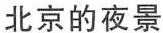
北京的夜景